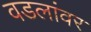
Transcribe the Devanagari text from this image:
वडलांवर